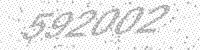
Solution: 592002